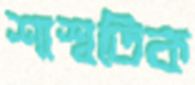
শাশ্বতিক